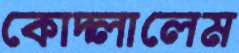
কোদ্‌লালেম